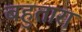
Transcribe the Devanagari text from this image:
बहुतारा